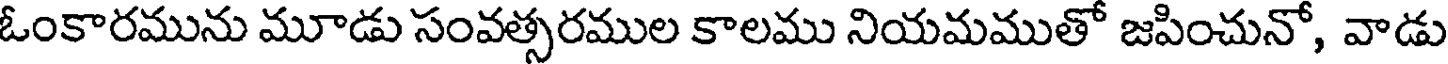
ఓంకారమును మూడు సంవత్సరముల కాలము నియమముతో జపించునో, వాడు